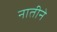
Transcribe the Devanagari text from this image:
नातीने